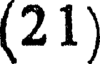
(2 1)